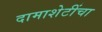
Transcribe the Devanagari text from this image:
दामाशेटींचा